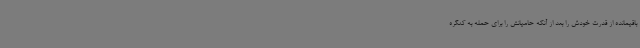
باقیمانده از قدرت خودش را بعد از آنکه حامیانش را برای حمله به کنگره